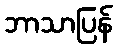
ဘာသာပြန်